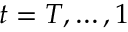
t = T , \dots , 1